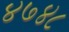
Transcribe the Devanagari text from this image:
४७४८